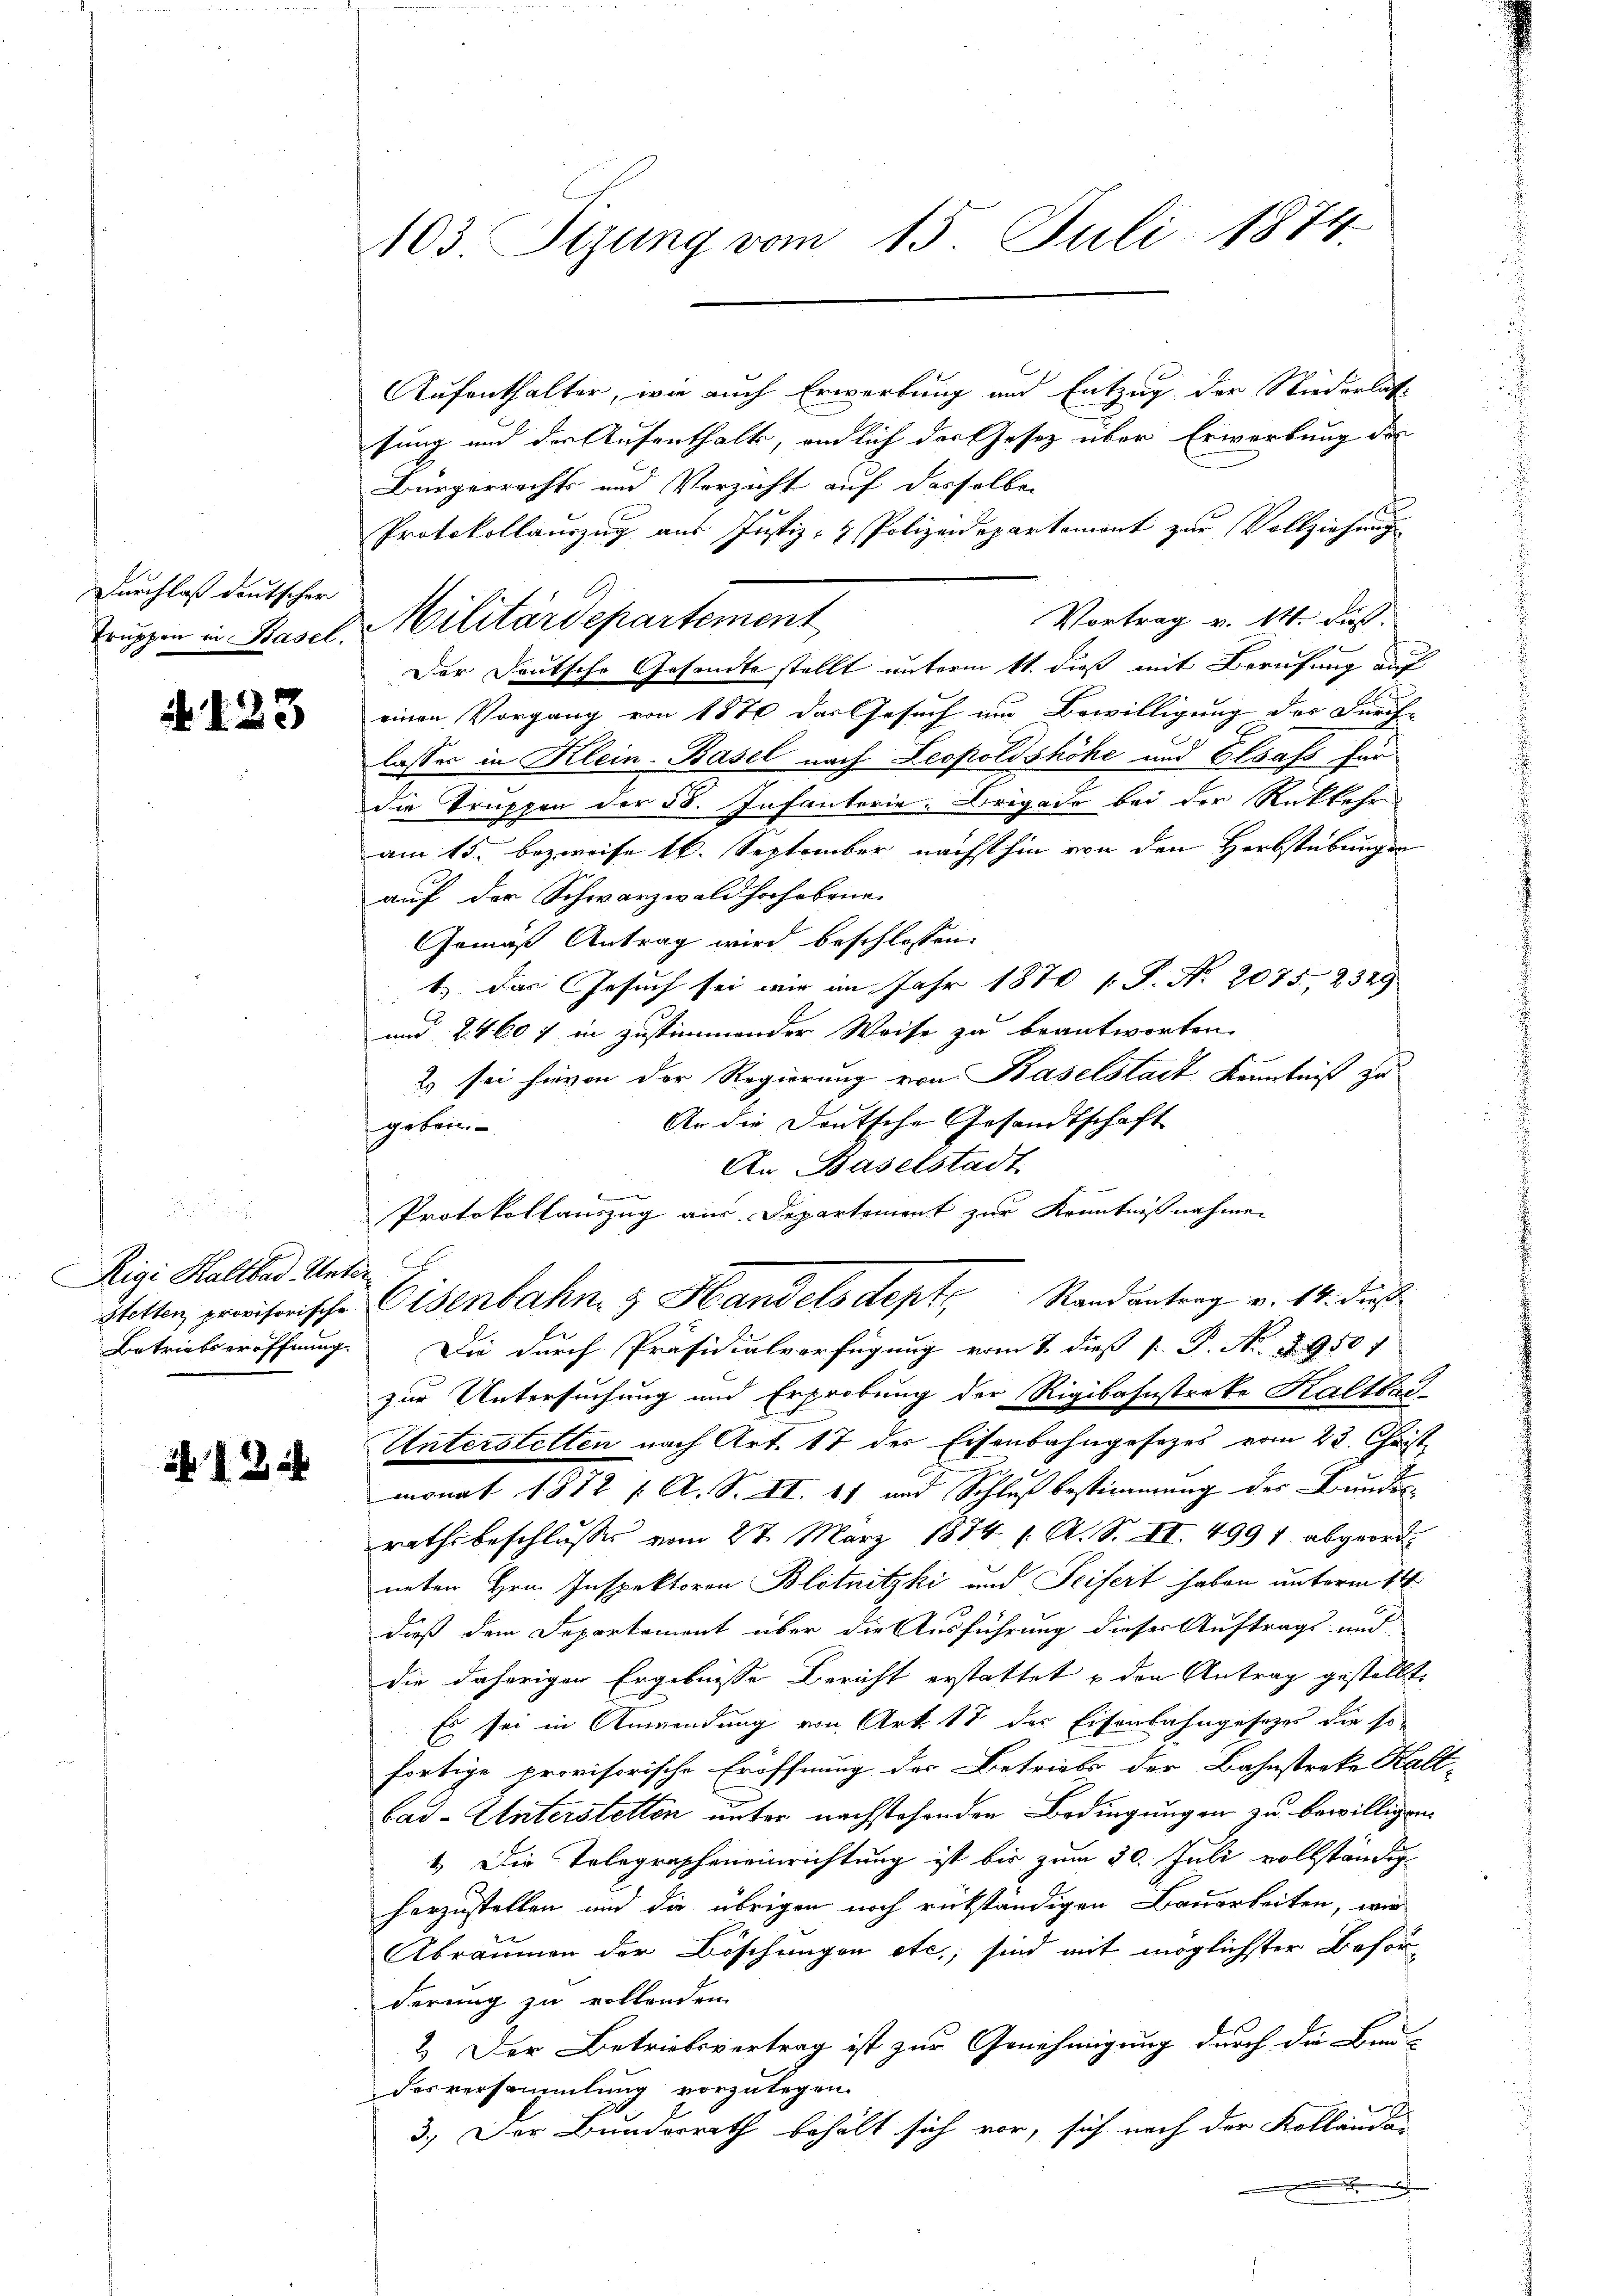
Durchlaß deutscher
Truppen in Basel.

N. 123

Rigi Kaltbad. Unter
Betriebseröffnung.

12 x

103 Sizung vom 15. Juli 1874.

Aufenthalter, wie auch Erwerbung und Entzug der Niederlas-
sung und der Aufenthalt, endlich der Gesetz über Erwerbung der
Bürgerrechts und Verzicht auf dasselben
A
Protokollauszug aus Justiz- & Polizeidepartemont zur Vollziehung
Vortrag v. M. daß
Militärdepartement
Der Deutsche Gesandte stellt unterm 11. dieß mit Berufung auf
einen Vorgang von 1870 das Gesuch um Bewilligung des Durch-
lassen in Klein-Basel nach Leopoldshöhe und Elsass für
die Truppen der 58. Infantorie Brigade bei der Rückkehr
am 15. bezweise 16. September nächsthin von den Herbstübungen
auf der Schwarzwald hochobene
Gemäß Antrag wird beschlossen:
1.) Das Gesuch sei mir im Jahr 1870 1 S. Nr. 2075. 2329
und 2460 f in zustimmender Weise zu beantworten.
2) sei hievon der Regierung von Baselstadt Kenntniß zu
An die Deutsche Gesandtschaft
geben.
An Baselstadt

Protokollauszug aus Departement zur Kenntnißnahmen
Stetten provisorische Eisenbahn & Handels dept. Randantrag v. 14. dies
Die durch Präsidialverfügung vom 2. dieß [ P. Nr. 2. 950 f
zur Untersuchung und Erprobung der Rigibahnstreke Kaltbad
Unterstelten nach Art. 17 der Eisenbahngesezes vom 22. Christ
monat 1872 /: A. S. II. 1 und Schluß bestimmung der Bundesrathsbeschlusses vom 27. März 1874 1. A. S. II. 4991 abgeordneten Hrn. Inspektoren Blotnitzki und Seifert haben unterm 14.
dieß dem Departement über die Ausführung dieser Auftrags und
die daherigen Ergebnisse Bericht erstattet u den Antrag gestellt.
Es sei in Anwendung von Art. 17 des Eisenbahngesezes die so-
fortige provisorische Eröffnung der Betriebs der Bahnstreke Kall-
bad-Unterstellen unter nachstehenden Bedingungen zu bewilligen.
1. Die Telegrapheneinrichtung ist bis zum 30. Juli vollständig
herzustellen und die übrigen noch rückständigen Bauarbeiten, wie
Abräumen der Böschungen etc.; sind mit möglichster Beförderung zu vollenden
2.) Der Betriebsvertrag ist zur Genehmigung durch die Bau-
Desversammlung vorzulegen.
3.) Der Bundesrath behält sich vor, sich nach der Kollande-